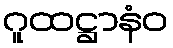
ဂူထဋ္ဌာနံဝ